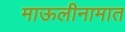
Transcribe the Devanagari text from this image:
माऊलीनामात